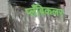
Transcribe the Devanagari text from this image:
प्लँबिकलर